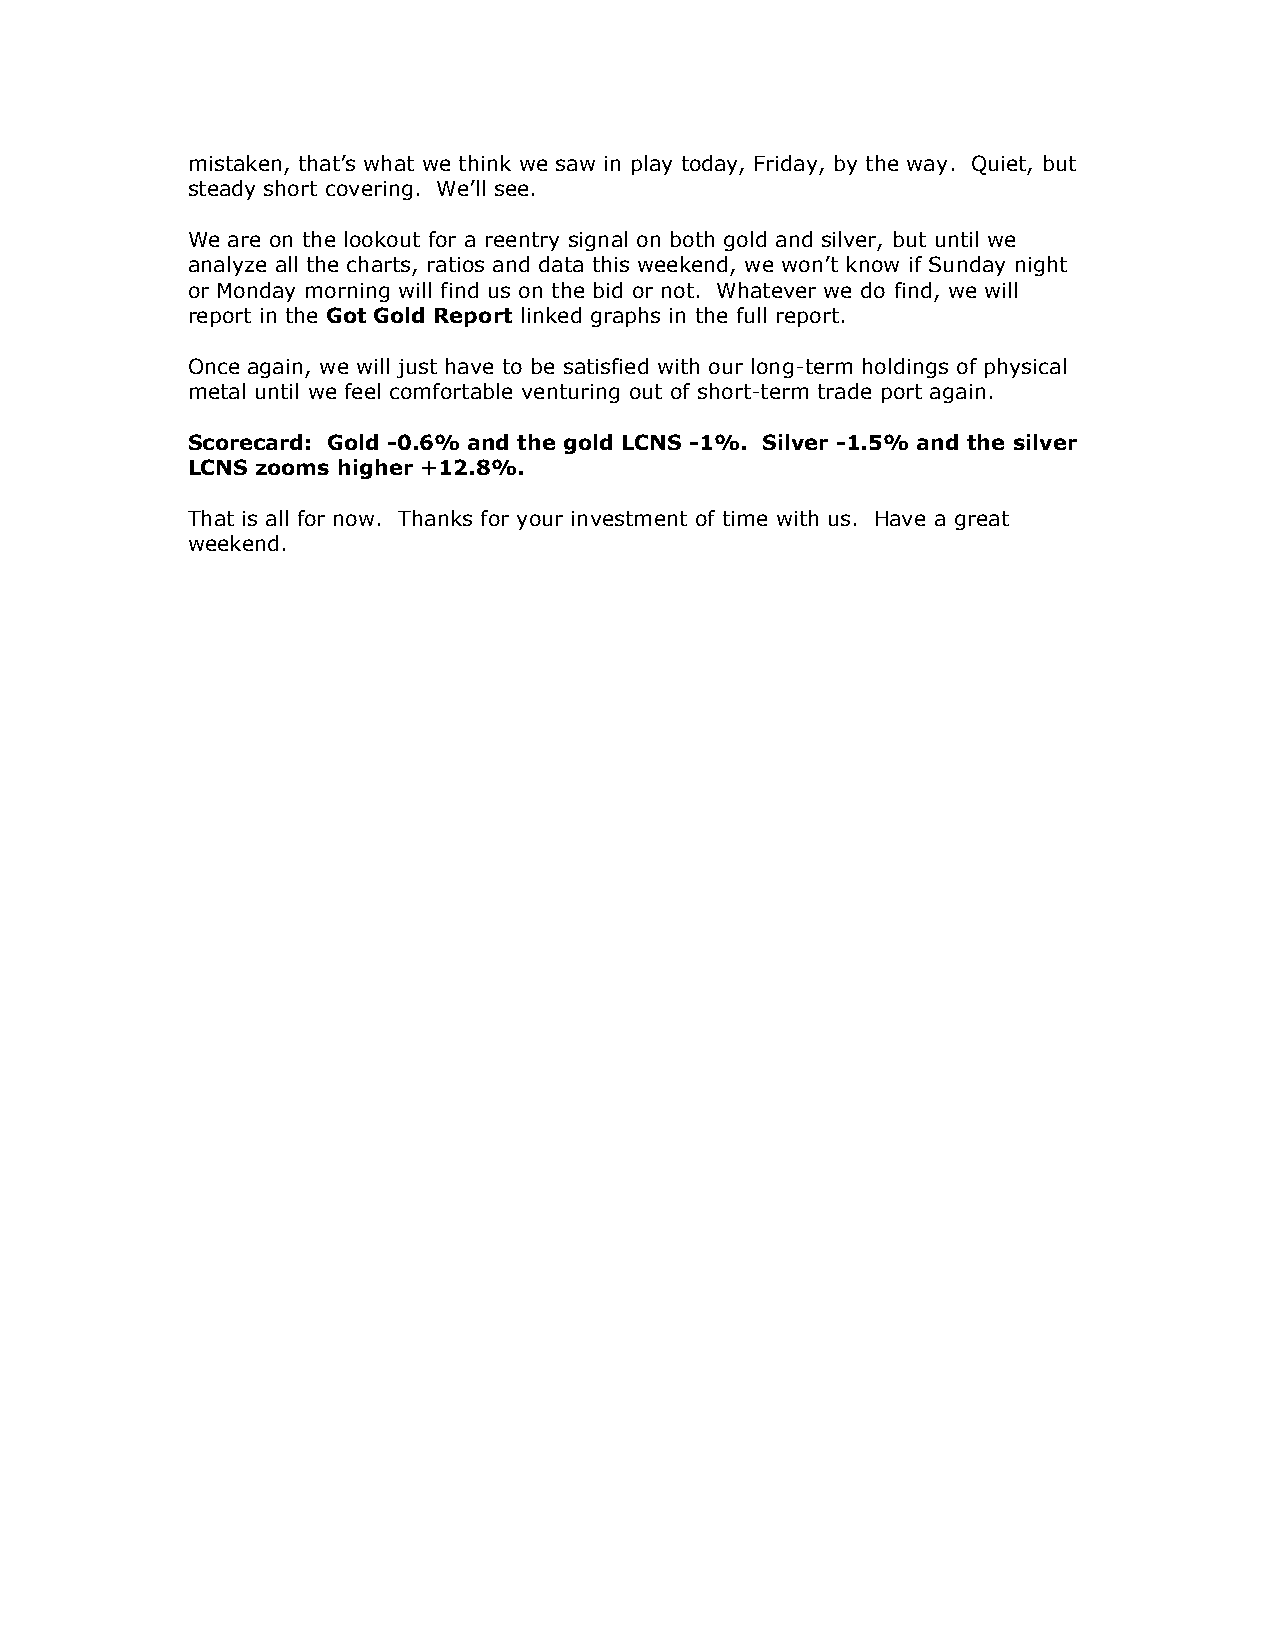
mistaken, that’s what we think we saw in play today, Friday, by the way. Quiet, but
 steady short covering. We’ll see.
 We are on the lookout for a reentry signal on both gold and silver, but until we
 analyze all the charts, ratios and data this weekend, we won’t know if Sunday night
 or Monday morning will find us on the bid or not. Whatever we do find, we will
 report in the Got Gold Report linked graphs in the full report.
 Once again, we will just have to be satisfied with our long-term holdings of physical
 metal until we feel comfortable venturing out of short-term trade port again.
 Scorecard: Gold -0.6% and the gold LCNS -1%. Silver -1.5% and the silver
 LCNS zooms higher +12.8%.
 That is all for now. Thanks for your investment of time with us. Have a great
 weekend.